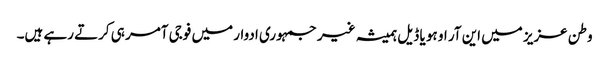
وطن عزیز میں این آر او ہو یا ڈیل ہمیشہ غیر جمہوری ادوار میں فوجی آمر ہی کرتے رہے ہیں۔